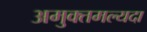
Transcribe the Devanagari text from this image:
अमुक्तमल्यदा